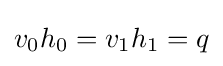
v_{0}h_{0}=v_{1}h_{1}=q